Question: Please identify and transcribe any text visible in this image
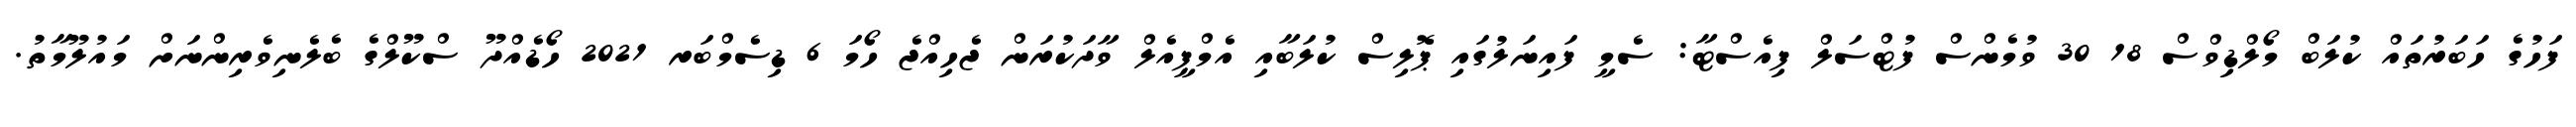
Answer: ފަހުގެ ހަބަރުތައް ކުލަބް މޯލްޑިވްސް 18 30 ވުމެންސް ފުޓްސަލް ފިއެސްޓާ: ސެމީ ފައިނަލުގައި ޕޮލިސް ކުލަބާއި އެމްޕީއެލް ވާދަކުރަން ޖެހިއްޖެ ހޯމަ 6 ޑިސެމްބަރ 2021 ހޯޑެއްދޫ ސްކޫލްގެ ބެލެނިވެރިންނަށް މައުލޫމާތު.